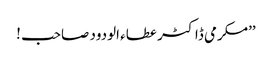
’’مکرمی ڈاکٹر عطاء الودود صاحب !